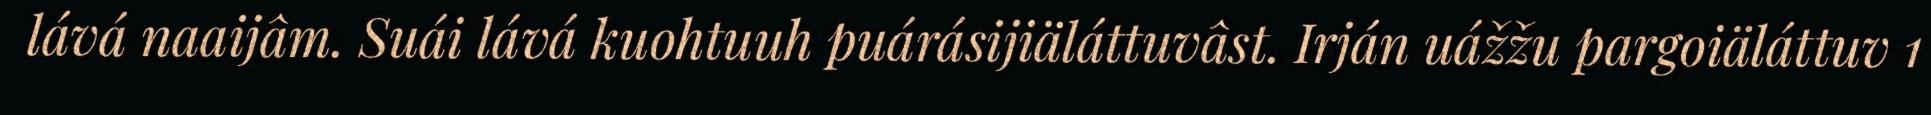
lává naaijâm. Suái lává kuohtuuh puárásijiäláttuvâst. Irján uážžu pargoiäláttuv 1